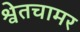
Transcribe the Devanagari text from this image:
श्वेतचामर